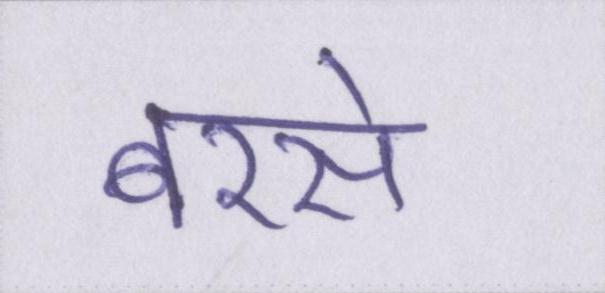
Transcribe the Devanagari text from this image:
बरसे